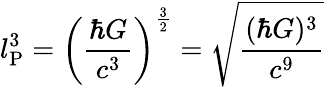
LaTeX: l_{\mathrm{P}}^{3}=\left({\frac{\hbar G}{c^{3}}}\right)^{\frac{3}{2}}={\sqrt{\frac{(\hbar G)^{3}}{c^{9}}}}